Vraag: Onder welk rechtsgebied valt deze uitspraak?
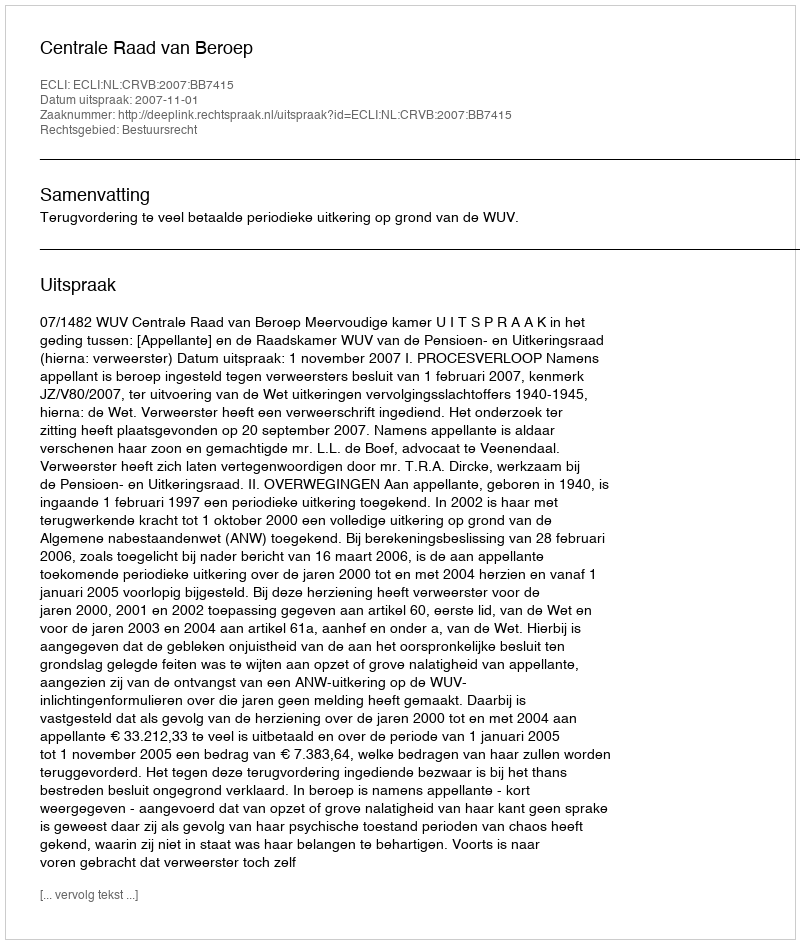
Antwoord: Bestuursrecht